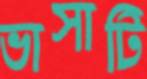
ভাসাটি